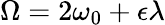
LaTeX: \Omega=2\omega_{0}+\epsilon\lambda